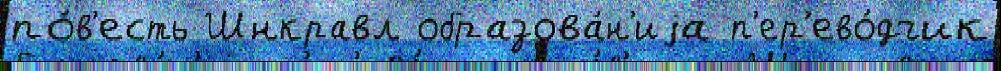
по́в'есть Шнкравл образова́н'иjа п'ер'ево́дчик